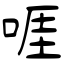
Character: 啀